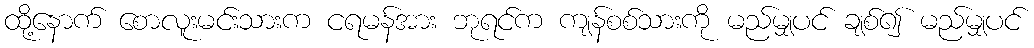
ထို့နောက် စောလူးမင်းသားက ငရမန်အား ဘုရင်က ကျန်စစ်သားကို မည်မျှပင် ချစ်၍ မည်မျှပင်